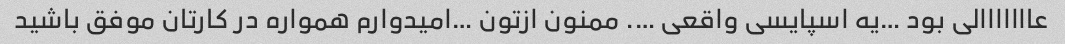
عااااااالی بود …یه اسپایسی واقعی …. ممنون ازتون …امیدوارم همواره در کارتان موفق باشید